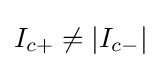
I_{c+}\neq |I_{c-}|